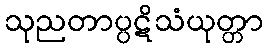
သုညတာပ္ပဋိသံယုတ္တာ